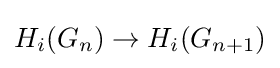
H_{i}(G_{n})\to H_{i}(G_{n+1})